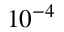
1 0 ^ { - 4 }